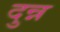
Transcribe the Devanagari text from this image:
दुन्न